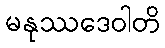
မနုဿဒေဝါတိ